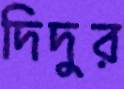
দিদুর